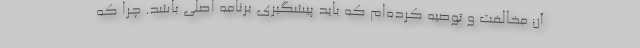
آن مخالفت و توصیه کرده‌‌ام که باید پیشگیری برنامه اصلی باشد. چرا که